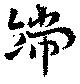
端